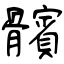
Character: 髕